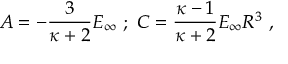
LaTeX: A = - { \frac { 3 } { \kappa + 2 } } E _ { \infty } \ ; \ C = { \frac { \kappa - 1 } { \kappa + 2 } } E _ { \infty } R ^ { 3 } \ ,